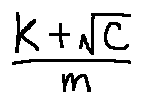
\frac { k + \sqrt { C } } { m }